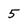
Character: 5